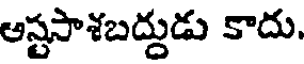
ఆస్టసాశబద్దుడు కాదు.